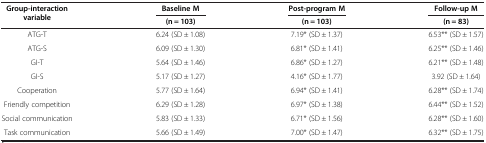
<table><thead><tr><td rowspan="2"><b>Group-interaction variable</b></td><td><b>Baseline M</b></td><td><b>Post-program M</b></td><td><b>Follow-up M</b></td></tr><tr><td><b>(n = 103)</b></td><td><b>(n = 103)</b></td><td><b>(n = 83)</b></td></tr></thead><tbody><tr><td>ATG-T</td><td>6.24 (SD ± 1.08)</td><td>7.19* (SD ± 1.37)</td><td>6.53** (SD ± 1.57)</td></tr><tr><td>ATG-S</td><td>6.09 (SD ± 1.30)</td><td>6.81* (SD ± 1.41)</td><td>6.25** (SD ± 1.46)</td></tr><tr><td>GI-T</td><td>5.64 (SD ± 1.46)</td><td>6.86* (SD ± 1.27)</td><td>6.21** (SD ± 1.48)</td></tr><tr><td>GI-S</td><td>5.17 (SD ± 1.27)</td><td>4.16* (SD ± 1.77)</td><td>3.92 (SD ± 1.64)</td></tr><tr><td>Cooperation</td><td>5.77 (SD ± 1.64)</td><td>6.94* (SD ± 1.41)</td><td>6.28** (SD ± 1.74)</td></tr><tr><td>Friendly competition</td><td>6.29 (SD ± 1.28)</td><td>6.97* (SD ± 1.38)</td><td>6.44** (SD ± 1.52)</td></tr><tr><td>Social communication</td><td>5.83 (SD ± 1.33)</td><td>6.71* (SD ± 1.56)</td><td>6.28** (SD ± 1.60)</td></tr><tr><td>Task communication</td><td>5.66 (SD ± 1.49)</td><td>7.00* (SD ± 1.47)</td><td>6.32** (SD ± 1.75)</td></tr></tbody></table>